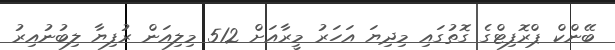
ބޭންކް ޕްރޮފިޓްގެ ގޮތުގައި މިދިޔަ އަހަރު މީރާއަށް 512 މިލިއަން ރުފިޔާ ލިބުނުއިރު